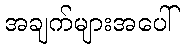
အချက်များအပေါ်